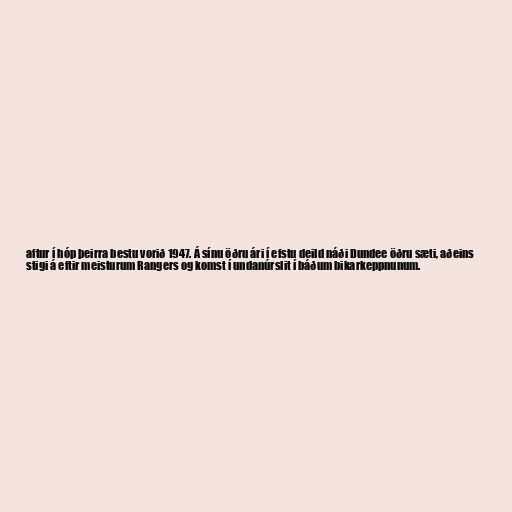
aftur í hóp þeirra bestu vorið 1947. Á sínu öðru ári í efstu deild náði Dundee öðru sæti, aðeins
stigi á eftir meisturum Rangers og komst í undanúrslit í báðum bikarkeppnunum.